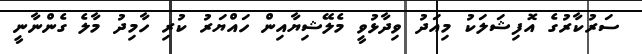
ސަރުކާރުގެ އޮފިޝަލަކު މިއަދު ވިދާޅުވީ މެލޭޝިޔާއިން ހައްޔަރު ކުރި ހާމިދު މާލެ ގެންނާނީ